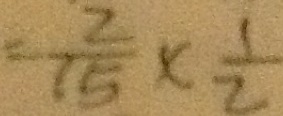
= \frac { 2 } { 1 5 } \times \frac { 1 } { 2 }